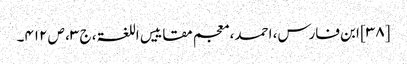
[۳۸] ابن فارس، احمد، معجم مقاییس اللغۃ، ج ۳، ص ۴۱۲۔